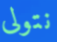
نتولى